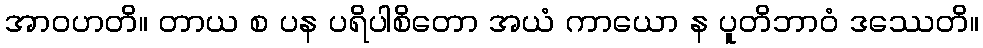
အာဝဟတိ။ တာယ စ ပန ပရိပါစိတော အယံ ကာယော န ပူတိဘာဝံ ဒဿေတိ။